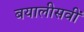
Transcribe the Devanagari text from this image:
बयालीसवीं